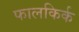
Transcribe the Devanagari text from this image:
फालकिर्क